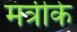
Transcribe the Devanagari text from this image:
मंत्रीके